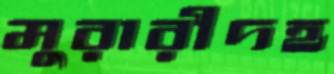
মুরারীদহ